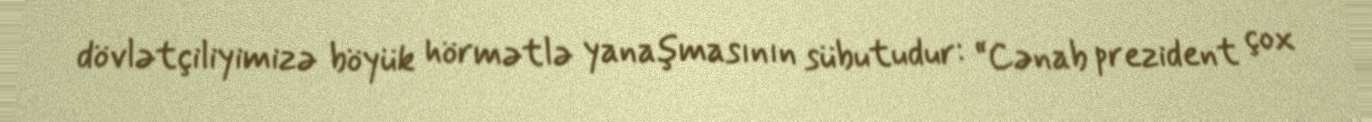
dövlətçiliyimizə böyük hörmətlə yanaşmasının sübutudur: “Cənab prezident çox